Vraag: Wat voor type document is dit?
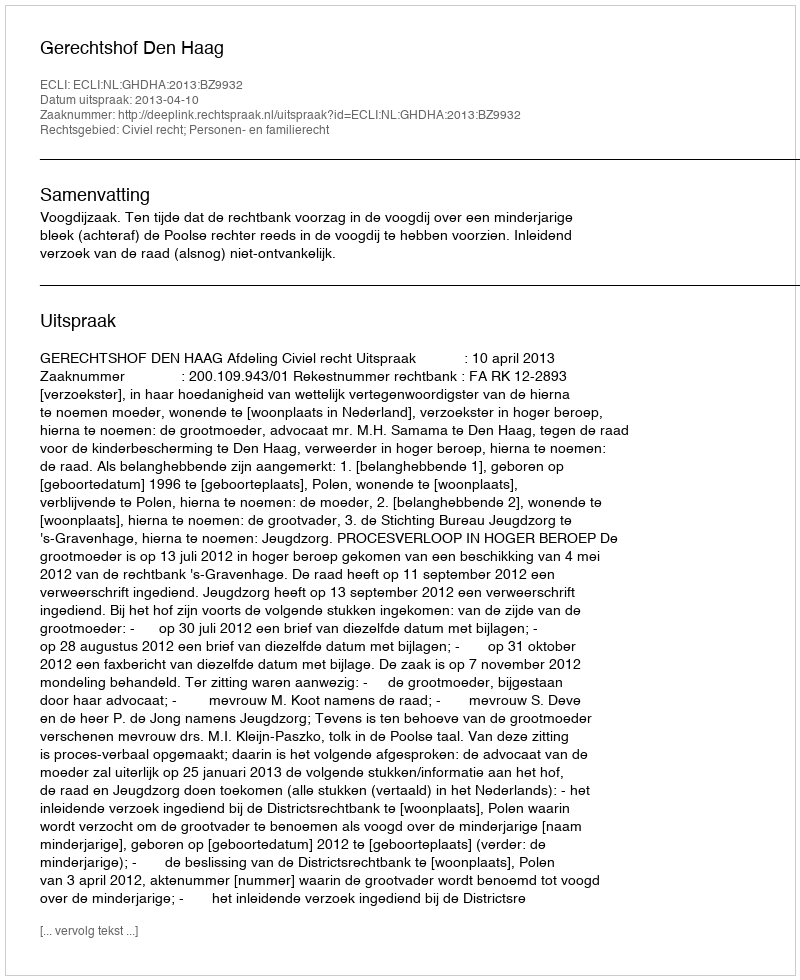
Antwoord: Uitspraak